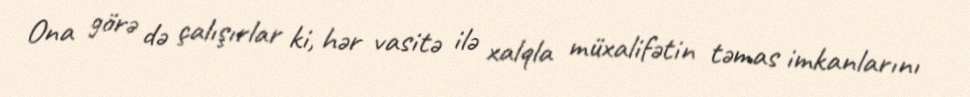
Ona görə də çalışırlar ki, hər vasitə ilə xalqla müxalifətin təmas imkanlarını